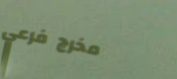
مخرج فرعي